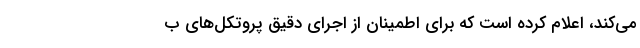
می‌کند، اعلام کرده است که برای اطمینان از اجرای دقیق پروتکل‌های ب